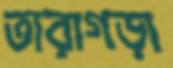
তারাগড়া